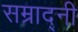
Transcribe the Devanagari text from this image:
सम्राद्नी